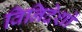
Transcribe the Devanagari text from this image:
विनिदेशों